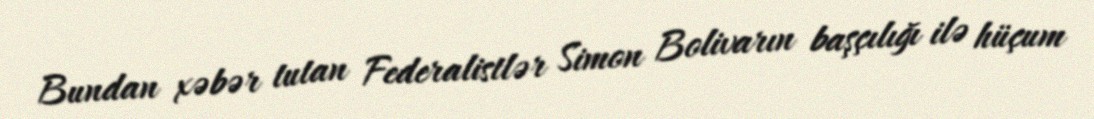
Bundan xəbər tutan Federalistlər Simon Bolivarın başçılığı ilə hüçum